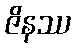
ဇိနဿ